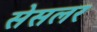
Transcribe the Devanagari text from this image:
सेसलर